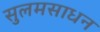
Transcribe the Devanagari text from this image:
सुलमसाधन